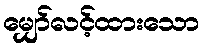
မျှော်လင့်ထားသော